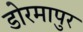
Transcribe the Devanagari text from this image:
डोरमापुर